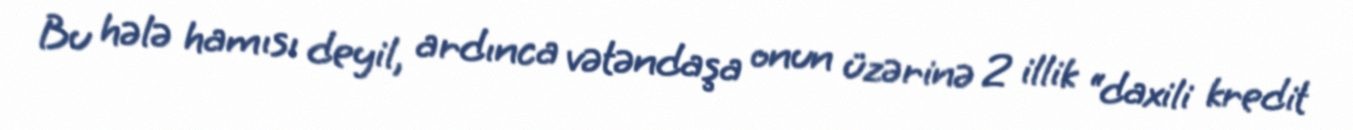
Bu hələ hamısı deyil, ardınca vətəndaşa onun üzərinə 2 illik “daxili kredit